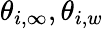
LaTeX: \theta_{i,\infty},\theta_{i,w}